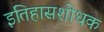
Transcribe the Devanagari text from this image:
इतिहासशोधक